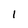
Character: 1